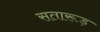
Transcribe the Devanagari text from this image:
सतारूड़